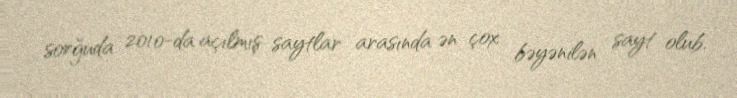
sorğuda 2010-da açılmış saytlar arasında ən çox bəyənilən sayt olub.